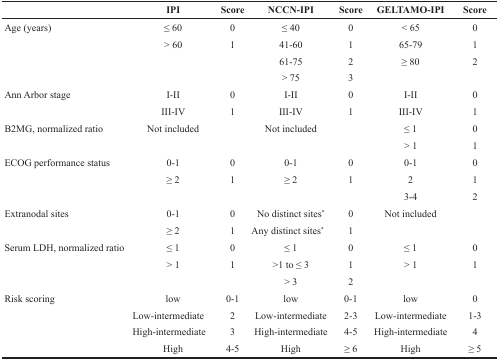
<table><thead><tr><td></td><td><b>IPI</b></td><td><b>Score</b></td><td><b>NCCN-IPI</b></td><td><b>Score</b></td><td><b>GELTAMO-IPI</b></td><td><b>Score</b></td></tr></thead><tbody><tr><td>Age (years)</td><td>≤ 60</td><td>0</td><td>≤ 40</td><td>0</td><td>&lt; 65</td><td>0</td></tr><tr><td></td><td>&gt; 60</td><td>1</td><td>41-60</td><td>1</td><td>65-79</td><td>1</td></tr><tr><td></td><td></td><td></td><td>61-75</td><td>2</td><td>≥ 80</td><td>2</td></tr><tr><td></td><td></td><td></td><td>&gt; 75</td><td>3</td><td></td><td></td></tr><tr><td>Ann Arbor stage</td><td>I-II</td><td>0</td><td>I-II</td><td>0</td><td>I-II</td><td>0</td></tr><tr><td></td><td>III-IV</td><td>1</td><td>III-IV</td><td>1</td><td>III-IV</td><td>1</td></tr><tr><td>B2MG, normalized ratio</td><td>Not included</td><td></td><td>Not included</td><td></td><td>≤ 1</td><td>0</td></tr><tr><td></td><td></td><td></td><td></td><td></td><td>&gt; 1</td><td>1</td></tr><tr><td>ECOG performance status</td><td>0-1</td><td>0</td><td>0-1</td><td>0</td><td>0-1</td><td>0</td></tr><tr><td></td><td>≥ 2</td><td>1</td><td>≥ 2</td><td>1</td><td>2</td><td>1</td></tr><tr><td></td><td></td><td></td><td></td><td></td><td>3-4</td><td>2</td></tr><tr><td>Extranodal sites</td><td>0-1</td><td>0</td><td>No distinct sites<sup>*</sup></td><td>0</td><td>Not included</td><td></td></tr><tr><td></td><td>≥ 2</td><td>1</td><td>Any distinct sites<sup>*</sup></td><td>1</td><td></td><td></td></tr><tr><td>Serum LDH, normalized ratio</td><td>≤ 1</td><td>0</td><td>≤ 1</td><td>0</td><td>≤ 1</td><td>0</td></tr><tr><td></td><td>&gt; 1</td><td>1</td><td>&gt;1 to ≤ 3</td><td>1</td><td>&gt; 1</td><td>1</td></tr><tr><td></td><td></td><td></td><td>&gt; 3</td><td>2</td><td></td><td></td></tr><tr><td>Risk scoring</td><td>low</td><td>0-1</td><td>low</td><td>0-1</td><td>low</td><td>0</td></tr><tr><td></td><td>Low-intermediate</td><td>2</td><td>Low-intermediate</td><td>2-3</td><td>Low-intermediate</td><td>1-3</td></tr><tr><td></td><td>High-intermediate</td><td>3</td><td>High-intermediate</td><td>4-5</td><td>High-intermediate</td><td>4</td></tr><tr><td></td><td>High</td><td>4-5</td><td>High</td><td>≥ 6</td><td>High</td><td>≥ 5</td></tr></tbody></table>